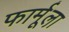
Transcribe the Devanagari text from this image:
फार्मूला़